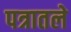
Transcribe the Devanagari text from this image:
पत्रातले